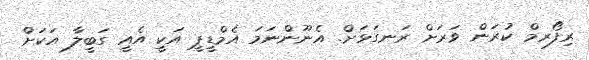
ރިފޯރމް ކުރަން ވަރަށް ރަނގަޅަށް. އެނޫންނަމަ އެމްޑީޕީ އަކީ އެއީ ގަބީލާ އަކަށް